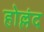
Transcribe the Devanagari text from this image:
होल्लंद